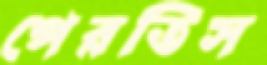
পেরতিস